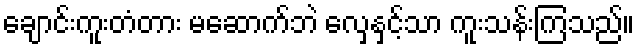
ချောင်းကူးတံတား မဆောက်ဘဲ လှေနှင့်သာ ကူးသန်းကြသည်။